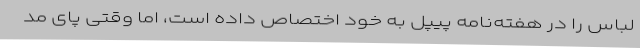
لباس را در هفته‌نامه پیپل به خود اختصاص داده است، اما وقتی پای مُد